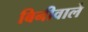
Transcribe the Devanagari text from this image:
बिनीवाले